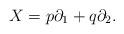
LaTeX: \begin{align*}X=p\partial_{1}+q\partial_{2}.\end{align*}